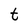
Character: t